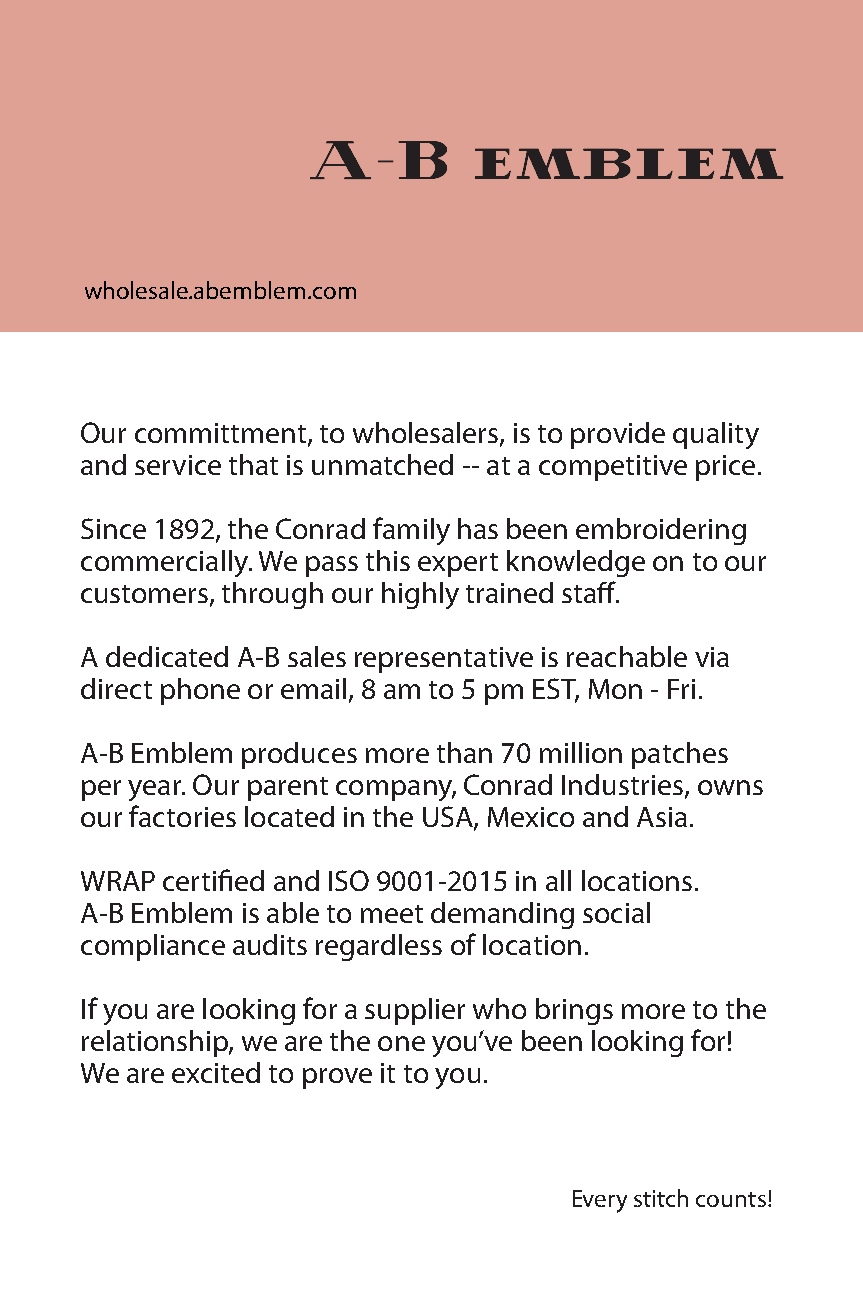
wholesale.abemblem.com
 Our committment, to wholesalers, is to provide quality
 and service that is unmatched -- at a competitive price.
 Since 1892, the Conrad family has been embroidering
 commercially. We pass this expert knowledge on to our
 customers, through our highly trained staff.
 A dedicated A-B sales representative is reachable via
 direct phone or email, 8 am to 5 pm EST, Mon - Fri.
 A-B Emblem produces more than 70 million patches
 per year. Our parent company, Conrad Industries, owns
 our factories located in the USA, Mexico and Asia.
 WRAP  certified and ISO 9001-2015 in all locations.
 A-B Emblem is able to meet demanding social
 compliance audits regardless of location.
 If you are looking for a supplier who brings more to the
 relationship, we are the one you’ve been looking for!
 We are excited to prove it to you.
 Every stitch counts!